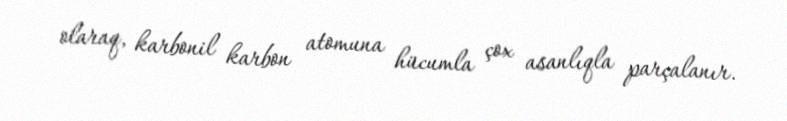
olaraq, karbonil karbon atomuna hücumla çox asanlıqla parçalanır.